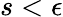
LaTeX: s<\epsilon